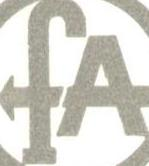
fA